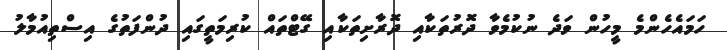
ހަމައެހެންމެ މީހުން ވަދެ ނުކުމެވާ ދޮރުތަކާއި ދޮރާށިތަކާއި ގޭޓްތައް ކުރިމަތީގައި ދުންފަތުގެ އިސްތިއުމާލު